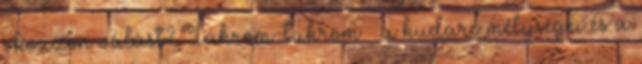
okozzon válást? Tükröm-tükröm – a kudarc mélységei és a